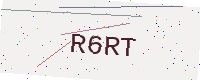
Text: R6RT